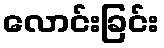
လောင်းခြင်း